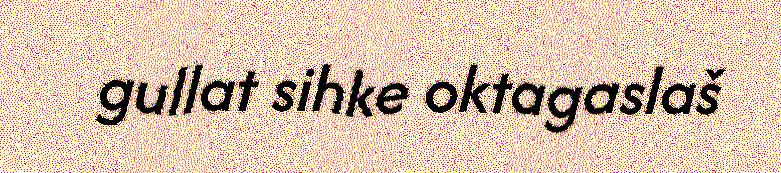
gullat sihke oktagaslaš